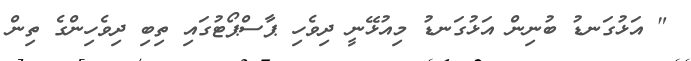
" އަޅުގަނޑު ބުނިން އަޅުގަނޑު މިއުޅޭނީ ދިވެހި ޕާސްޕޯޓުގައި ތިބި ދިވެހިންގެ ތިން